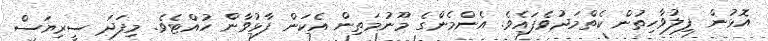
އޮޅުން ފިލުވާހިތުން ކެތްމަދުވެފައެވެ. އެންމެންގެ މޫނުމަތިން އެކަން ފާޅުވާން ހުއްޓެވެ. މިފަދަ ސީރިޔަސް